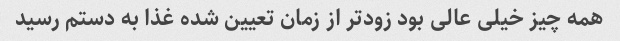
همه چیز خیلی عالی بود زودتر از زمان تعیین شده غذا به دستم رسید